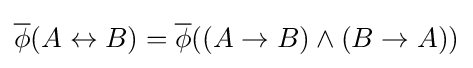
{\overline {\phi }}(A\leftrightarrow B)={\overline {\phi }}((A\to B)\land (B\to A))